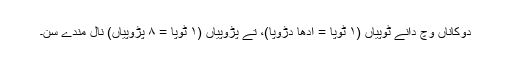
دوکاناں وچ دانے ٹوپیاں (١ ٹوپا = ادھا دڑوپا)، تے پڑوپیاں (١ ٹوپا = ٨ پڑوپیاں) نال مِندے سن۔